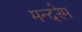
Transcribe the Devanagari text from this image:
मन्दरेम